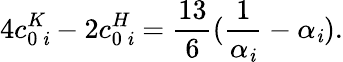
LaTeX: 4c_{0\ \mathit{i}}^{K}-2c_{0\ \mathit{i}}^{H}={\frac{{13}}{{6}}}({\frac{{1}}{{\alpha_{\mathit{i}}}}}-\alpha_{\mathit{i}}).